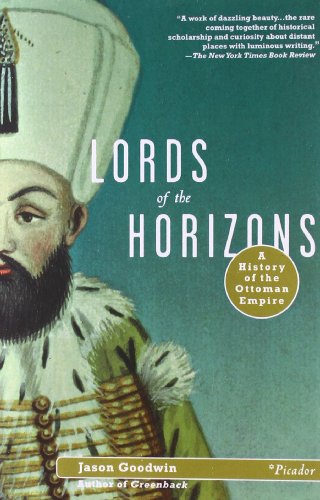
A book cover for Lords of the Horizons: A History of the Ottoman Empire; Jason Goodwin; History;